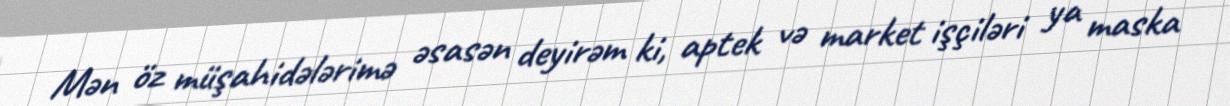
Mən öz müşahidələrimə əsasən deyirəm ki, aptek və market işçiləri ya maska